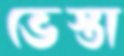
ভেস্তা